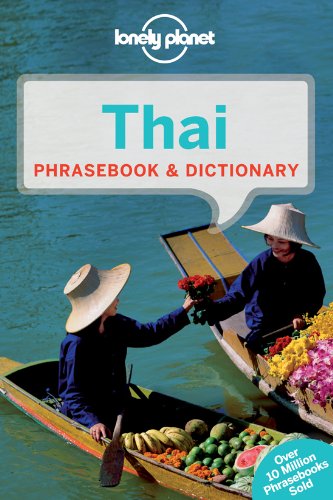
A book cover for Lonely Planet Thai Phrasebook & Dictionary; Lonely Planet; Travel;